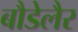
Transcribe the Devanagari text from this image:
बौडेलैर